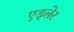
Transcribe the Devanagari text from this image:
एड्लेर